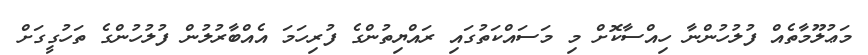
މަޢުލޫމާތެއް ފުލުހުންނާ ހިއްސާކޮށް މި މަސައްކަތުގައި ރައްޔިތުންގެ ފުރިހަމަ އެއްބާރުލުން ފުލުހުންގެ ތަހުގީގަށް